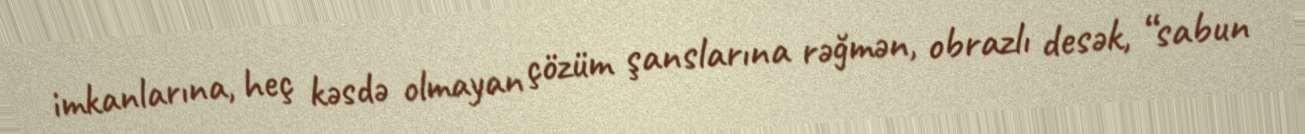
imkanlarına, heç kəsdə olmayan çözüm şanslarına rəğmən, obrazlı desək, “sabun